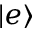
| e \rangle